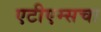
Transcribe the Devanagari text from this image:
एटीएम्सचा